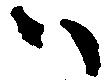
ハ